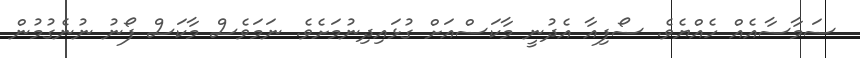
ސަމާސާއެއް ހެއްޔެވެ. ސޯފިއާ އެދުނީ މާކަސްއަށް ގުޅައިދިނުމަށެވެ. ނަމަވެސް މާކަސް ފޯނު ނުނެގުމުން